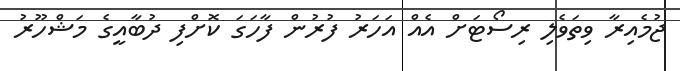
ޖުމެއިރާ ވިތަވެލި ރިސޯޓަށް އެއް އަހަރު ފުރުން ފާހަގަ ކޮށްފި ދުބާއީގެ މަޝްހޫރު